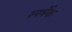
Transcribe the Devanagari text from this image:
स्पर्धेक